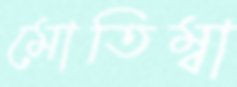
মোতিম্বা